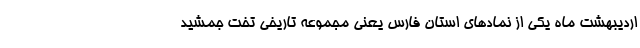
اردیبهشت ماه یکی از نمادهای استان فارس یعنی مجموعه تاریخی تخت جمشید